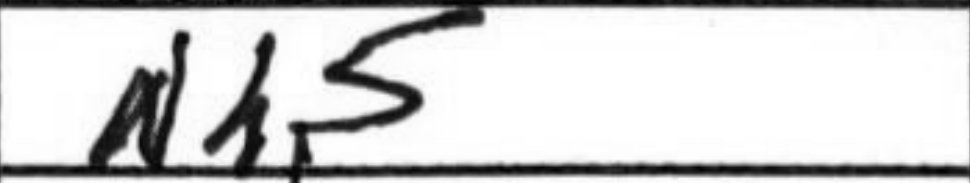
Transcription: Nh5